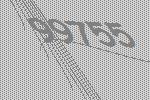
99755